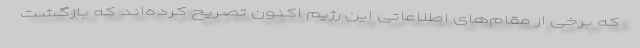
که برخی از مقام‌های اطلاعاتی این رژیم اکنون تصریح کرده‌اند که بازگشت